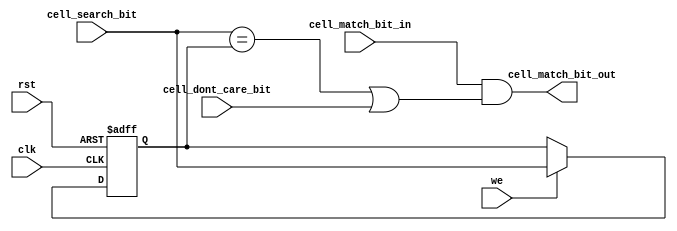
//=========================================================================
// Name & Email must be EXACTLY as in Gradescope roster!
// Name: Michelle Dozal
// 
// Assignment name: Lab#7
// Lab section: Yujia Zhai
// TA: 
// 
// I hereby certify that I have not received assistance on this assignment,
// or used code, from ANY outside source other than the instruction team
// (apart from what was provided in the starter file).
//
//=========================================================================

`timescale 1ns / 1ps

module TCAM_Cell (
    input wire clk,
    input wire rst,
    input wire we,
    input wire cell_search_bit,
    input wire cell_dont_care_bit,
    input wire cell_match_bit_in,
    output wire cell_match_bit_out
);

reg stored_bit;
	 
// Insert your solution below here.

always @(posedge clk or posedge rst) begin
    if(rst) stored_bit = 0;
    else begin
        if(we)
            stored_bit <= cell_search_bit;
    end
end

//Finished updating now matching
//will not store a dont care bit, each search is accompanied by a dont care bit
//Fix the assign line
assign cell_match_bit_out = cell_match_bit_in && (cell_search_bit == stored_bit || cell_dont_care_bit == 1'b1);


endmodule